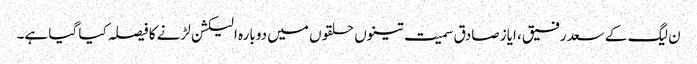
ن لیگ کے سعد رفیق، ایاز صادق سمیت تینوں حلقوں میں دوبارہ الیکشن لڑنے کا فیصلہ کیا گیا ہے۔